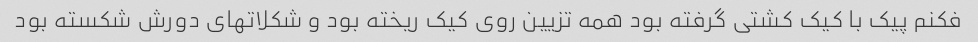
فکنم پیک با کیک کشتی گرفته بود همه تزیین روی کیک ریخته بود و شکلاتهای دورش شکسته بود